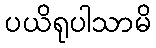
ပယိရုပါသာမိ